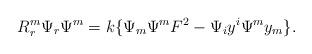
LaTeX: \begin{align*}R_r^m{\Psi _r}{\Psi ^m} = {k}\{ {\Psi _m}{\Psi ^m}{F^2} - {\Psi _i}{y^i}{\Psi ^m}{y_m}\}.\end{align*}